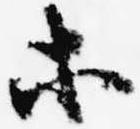
等